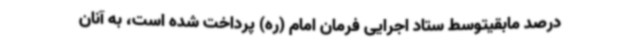
درصد مابقیتوسط ستاد اجرایی فرمان امام (ره) پرداخت شده است، به آنان